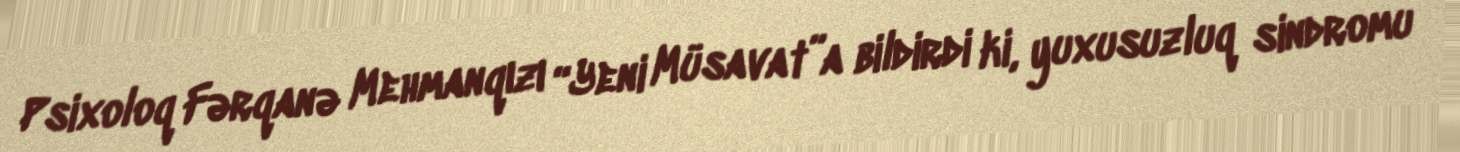
Psixoloq Fərqanə Mehmanqızı “Yeni Müsavat”a bildirdi ki, yuxusuzluq sindromu